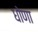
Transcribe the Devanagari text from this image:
धोणा